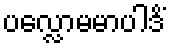
ပလ္လောမမာပါဒိံ